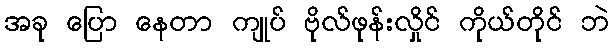
အခု ပြော နေတာ ကျုပ် ဗိုလ်ဖုန်းလှိုင် ကိုယ်တိုင် ဘဲ